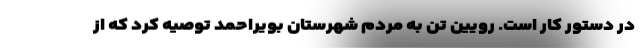
در دستور کار است. رویین تن به مردم شهرستان بویراحمد توصیه کرد که از